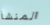
المنشأ